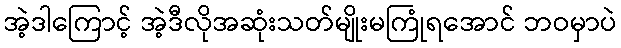
အဲ့ဒါကြောင့် အဲ့ဒီလိုအဆုံးသတ်မျိုးမကြုံရအောင် ဘဝမှာပဲ